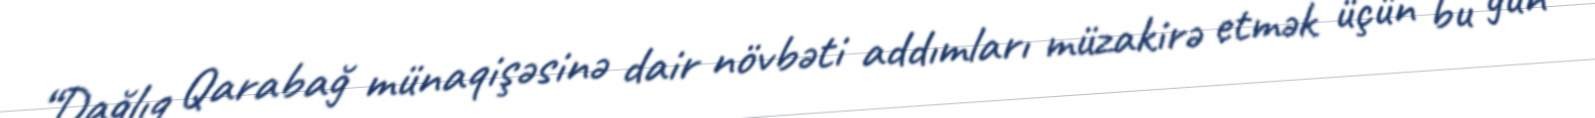
“Dağlıq Qarabağ münaqişəsinə dair növbəti addımları müzakirə etmək üçün bu gün